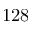
1 2 8